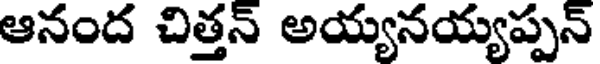
ఆనంద చిత్తన్ అయ్యనయ్యప్పన్